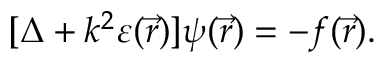
[ \Delta + k ^ { 2 } \varepsilon ( \vec { r } ) ] \psi ( \vec { r } ) = - f ( \vec { r } ) .